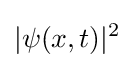
|\psi (x,t)|^{2}